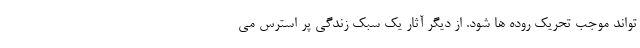
تواند موجب تحریک روده ها شود. از دیگر آثار یک سبک زندگی پر استرس می